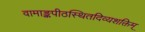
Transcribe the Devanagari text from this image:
वामाङ्कपीठस्थितदिव्यशक्तिम्